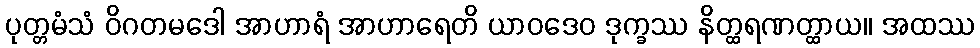
ပုတ္တမံသံ ဝိဂတမဒေါ အာဟာရံ အာဟာရေတိ ယာဝဒေဝ ဒုက္ခဿ နိတ္ထရဏတ္ထာယ။ အထဿ